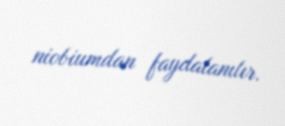
niobiumdan faydalanılır.